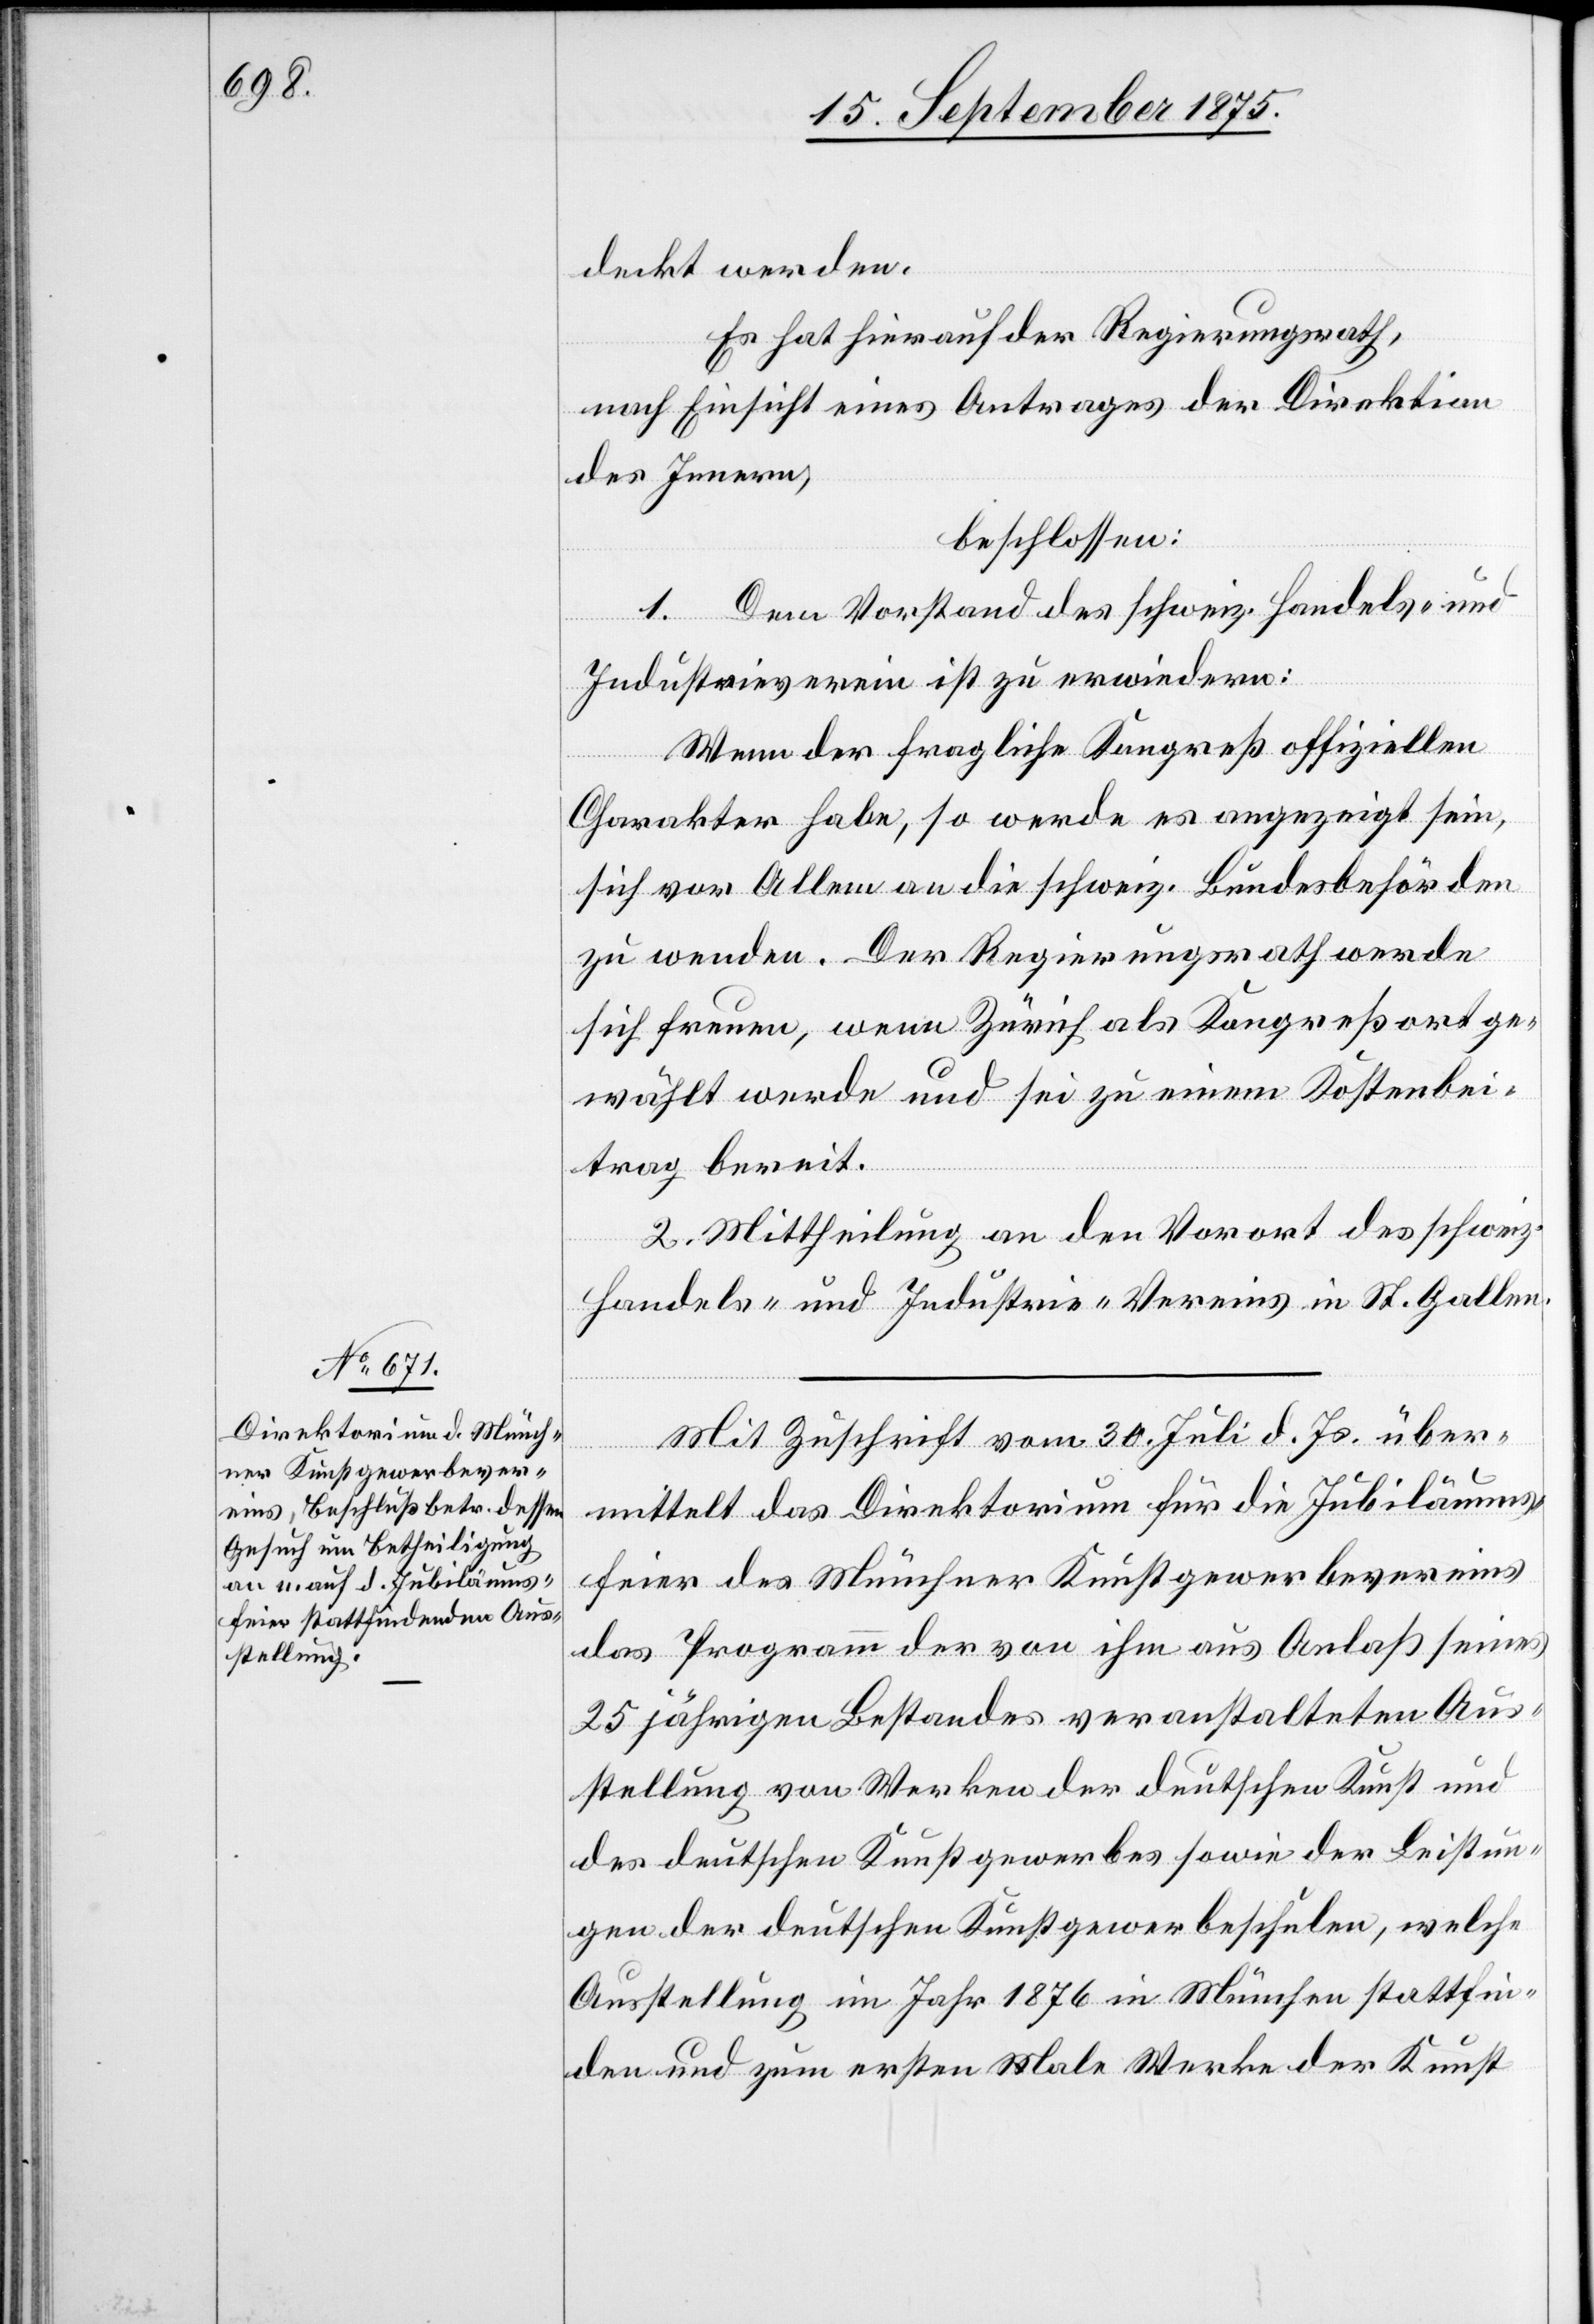
deckt werden.
Es hat hierauf der Regierungsrath,
nach Einsicht eines Antrages der Direktion
des Innern,
beschlossen:
1. Dem Vorstand des schweiz. Handels- und
Industrieverein ist zu erwiedern:
Wenn der fragliche Kongreß offiziellen
Charakter habe, so werde es angezeigt sein,
sich vor Allem an die schweiz. Bundesbehörden
zu wenden. Der Regierungsrath werde
sich freuen, wenn Zürich als Kongreßort ge¬
wählt werde und sei zu einem Kostenbei¬
trag bereit.
2. Mittheilung an den Vorort des schweiz.
Handels- und Industrie-Vereins in St. Gallen.
Mit Zuschrift vom 30. Juli d. Js. über¬
mittelt das Direktorium für die Jubiläums¬
feier des Münchner Kunstgewerbevereins
das Programm der von ihm aus Anlaß seines
25 jährigen Bestandes veranstalteten Aus¬
stellung von Werken der deutschen Kunst und
des deutschen Kunstgewerbes sowie der Leistun¬
gen der deutschen Kunstgewerbeschulen, welche
Ausstellung im Jahr 1876 in München stattfin¬
den und zum ersten Male Werke der Kunst